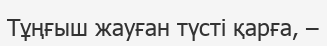
Тұңғыш жауған түсті қарға, –